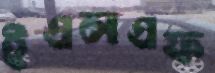
ইএলএফ